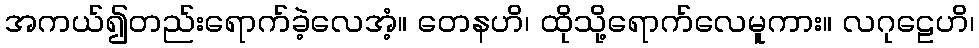
အကယ်၍တည်းရောက်ခဲ့လေအံ့။ တေနဟိ၊ ထိုသို့ရောက်လေမူကား။ လဂုဠေဟိ၊